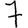
Digit: 7